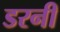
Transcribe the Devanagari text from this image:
डरनी